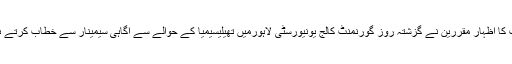
ان خیالات کا اظہار مقررین نے گزشتہ روز گورنمنٹ کالج یونیورسٹی لاہورمیں تھیلیسیمیا کے حوالے سے آگاہی سیمینار سے خطاب کرتے ہوئے کیا۔